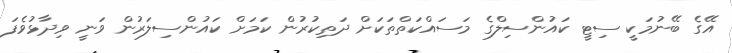
އޭގެ ބޭނުމަކީ ސިޓީ ކައުންސިލްގެ މަސައްކަތްތަކަށް ދަތިކުރުން ކަމަށް ކައުންސިލަރުން ވަނީ ވިދާޅުވެފަ